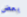
بعض